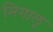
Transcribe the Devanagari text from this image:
मिगालू